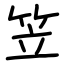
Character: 笠